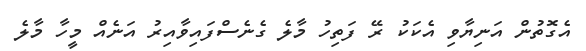
އެގޮތުން އަނިޔާވި އެކަކު ރޭ ފަތިހު މާލެ ގެނެސްފައިވާއިރު އަނެއް މީހާ މާލެ